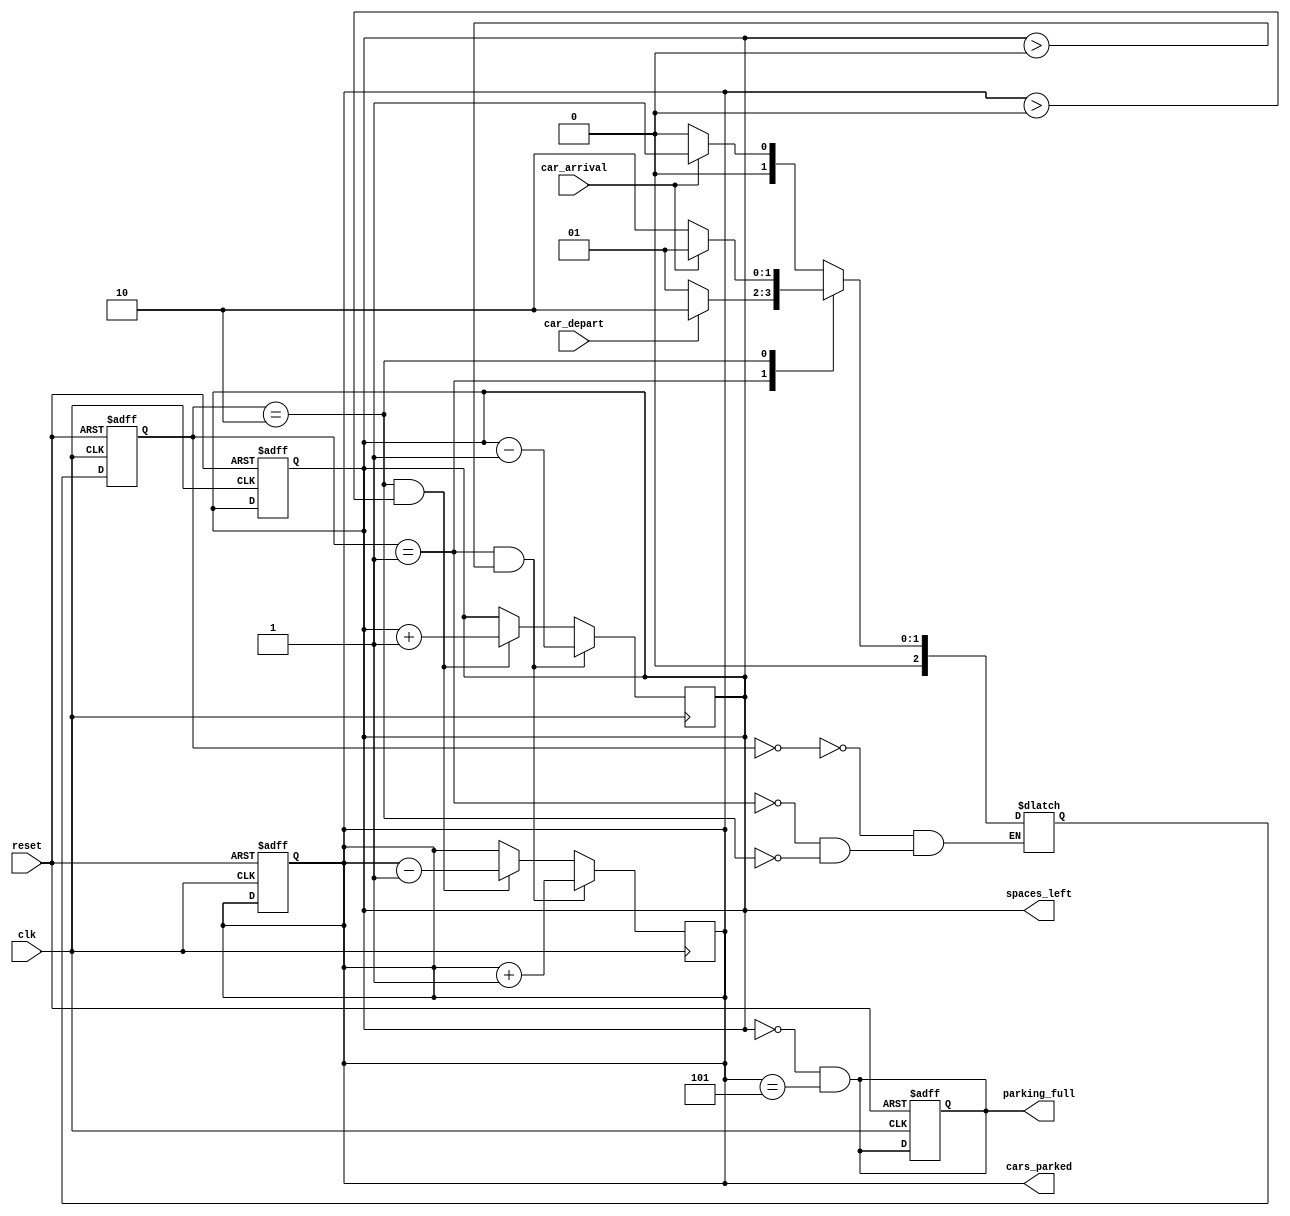
module parking_place (
    input wire clk,        
    input wire reset,      
    input wire car_arrival, 
    input wire car_depart,  
    output reg [3:0] cars_parked, 
    output reg [3:0] spaces_left, 
    output reg parking_full 
);

// Define states
parameter IDLE = 3'b000;
parameter PARK = 3'b001;
parameter DEPART = 3'b010;

// State registers
reg [2:0] current_state;
reg [2:0] next_state;

// Counters
reg [3:0] cars_parked_reg;
reg [3:0] spaces_left_reg;

always @(posedge clk or posedge reset) begin
    if (reset) begin
        current_state <= IDLE;
        cars_parked_reg <= 0;
        spaces_left_reg <= 5; // 5 car parking space available 
        parking_full <= 0;
    end else begin
        current_state <= next_state;
        cars_parked_reg <= cars_parked;
        spaces_left_reg <= spaces_left;
    end
end

always @(*) begin
    case (current_state)
        IDLE: begin
            next_state = car_arrival ? PARK : IDLE;
        end
        PARK: begin
            next_state = car_depart ? DEPART : PARK;
        end
        DEPART: begin
            next_state = car_arrival ? PARK : DEPART;
        end
    endcase
end

always @(posedge clk) begin
    if (current_state == PARK && spaces_left_reg > 0) begin
        cars_parked_reg <= cars_parked_reg + 1;
        spaces_left_reg <= spaces_left_reg - 1;
    end else if (current_state == DEPART && cars_parked_reg > 0) begin
        cars_parked_reg <= cars_parked_reg - 1;
        spaces_left_reg <= spaces_left_reg + 1;
    end
end

assign cars_parked = cars_parked_reg;
assign spaces_left = spaces_left_reg;

always @(*) begin
  parking_full = (spaces_left_reg == 0) && (cars_parked_reg == 5); // when 5 cars occupy 
end

endmodule